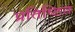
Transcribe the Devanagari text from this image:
प्रतिष्‍िठत